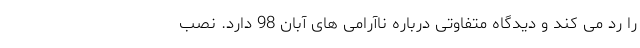
را رد می کند و دیدگاه متفاوتی درباره ناآرامی های آبان 98 دارد. نصب